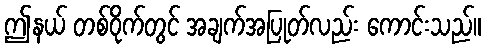
ဤနယ် တစ်ဝိုက်တွင် အချက်အပြုတ်လည်း ကောင်းသည်။